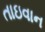
તાઇવાન